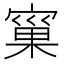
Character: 𭔐